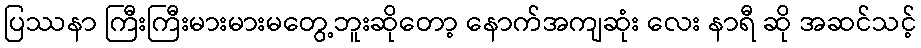
ပြဿနာ ကြီးကြီးမားမားမတွေ့ဘူးဆိုတော့ နောက်အကျဆုံး လေး နာရီ ဆို အဆင်သင့်